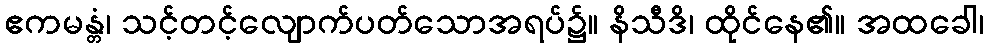
ဧကမန္တံ၊ သင့်တင့်လျောက်ပတ်သောအရပ်၌။ နိသီဒိ၊ ထိုင်နေ၏။ အထခေါ၊